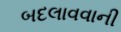
બદલાવવાની